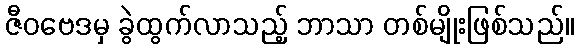
ဇီဝဗေဒမှ ခွဲထွက်လာသည့် ဘာသာ တစ်မျိုးဖြစ်သည်။